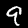
Digit: 9